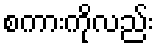
စကားကိုလည်း